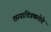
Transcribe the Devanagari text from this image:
छायाचित्रकलेचे